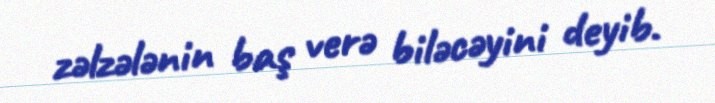
zəlzələnin baş verə biləcəyini deyib.